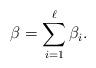
LaTeX: \begin{align*}\beta = \sum_{i=1}^\ell \beta_i.\end{align*}